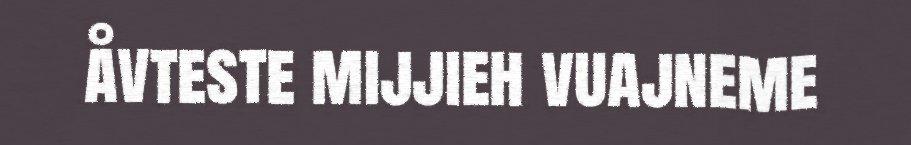
åvteste mijjieh vuajneme